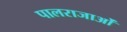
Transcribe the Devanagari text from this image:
पालराजाओं